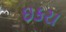
ઇકરા